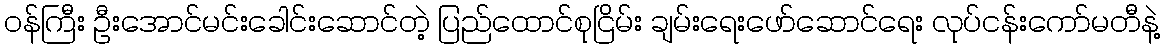
၀န်ကြီး ဦးအောင်မင်းခေါင်းဆောင်တဲ့ ပြည်ထောင်စုငြိမ်း ချမ်းရေးဖော်ဆောင်ရေး လုပ်ငန်းကော်မတီနဲ့